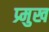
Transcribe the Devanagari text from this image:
प्र्मुख